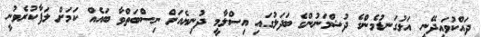
ދައްކުވައިދޭނީ އަޅުގަނޑުމެންގެ ދުޝްމަނުންގެ ބަދަލުގައި އިސްލާމީ ދުނިޔެއަށް ނިސްބަތްވާ ބައެއް ކަމަށް ލަފާކުރެވުނީ